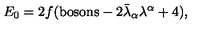
E _ { 0 } = 2 f ( \mathrm { b o s o n s } - 2 \bar { \lambda } _ { \alpha } \lambda ^ { \alpha } + 4 ) ,